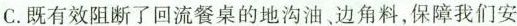
C.既有效阻断了回流餐桌的地沟油，边角料，保障我们安